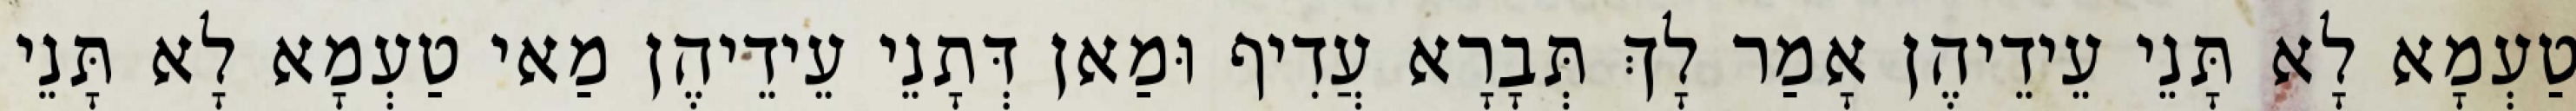
טַעְמָא לָא תָּנֵי עֵידֵיהֶן אָמַר לָךְ תְּבָרָא עֲדִיף וּמַאן דְּתָנֵי עֵידֵיהֶן מַאי טַעְמָא לָא תָּנֵי